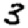
Digit: 3